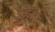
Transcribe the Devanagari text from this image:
सिद्धर्थ